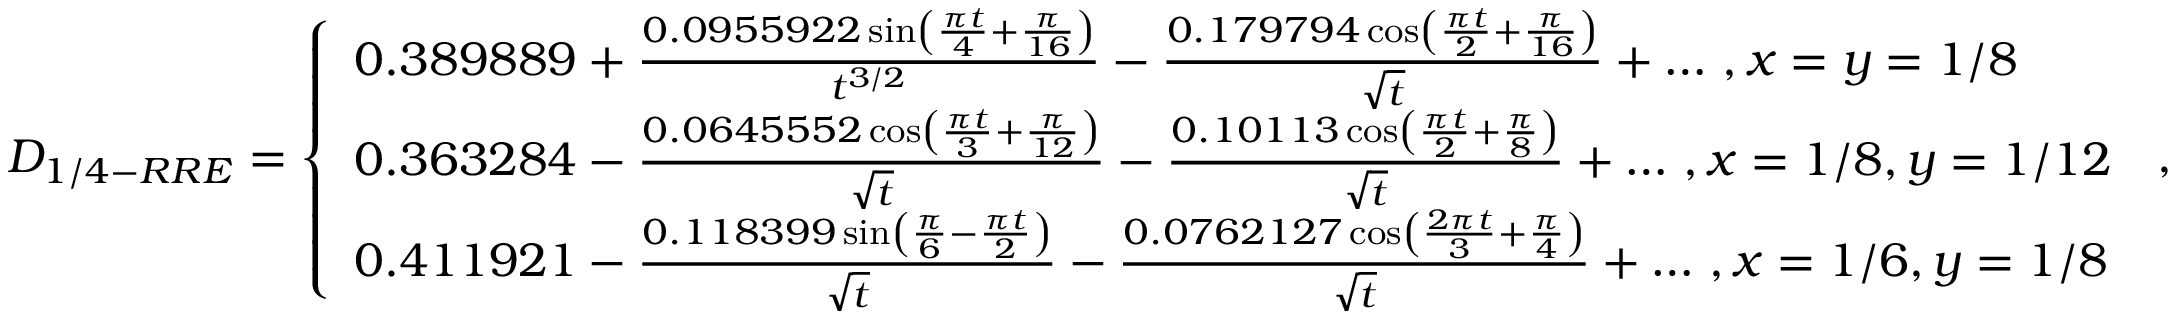
D _ { 1 / 4 - R R E } = \left\{ \begin{array} { l l } { 0 . 3 8 9 8 8 9 + \frac { 0 . 0 9 5 5 9 2 2 \sin \left( \frac { \pi t } { 4 } + \frac { \pi } { 1 6 } \right) } { t ^ { 3 / 2 } } - \frac { 0 . 1 7 9 7 9 4 \cos \left( \frac { \pi t } { 2 } + \frac { \pi } { 1 6 } \right) } { \sqrt { t } } + \dots \, , x = y = 1 / 8 } \\ { 0 . 3 6 3 2 8 4 - \frac { 0 . 0 6 4 5 5 5 2 \cos \left( \frac { \pi t } { 3 } + \frac { \pi } { 1 2 } \right) } { \sqrt { t } } - \frac { 0 . 1 0 1 1 3 \cos \left( \frac { \pi t } { 2 } + \frac { \pi } { 8 } \right) } { \sqrt { t } } + \dots \, , x = 1 / 8 , y = 1 / 1 2 } \\ { 0 . 4 1 1 9 2 1 - \frac { 0 . 1 1 8 3 9 9 \sin \left( \frac { \pi } { 6 } - \frac { \pi t } { 2 } \right) } { \sqrt { t } } - \frac { 0 . 0 7 6 2 1 2 7 \cos \left( \frac { 2 \pi t } { 3 } + \frac { \pi } { 4 } \right) } { \sqrt { t } } + \dots \, , x = 1 / 6 , y = 1 / 8 } \end{array} \right. \, ,